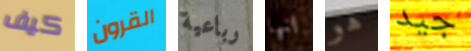
كيف القرون رباعية انها هو جيد